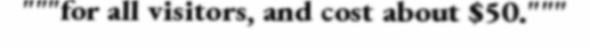
"""for all visitors, and cost about $50."""